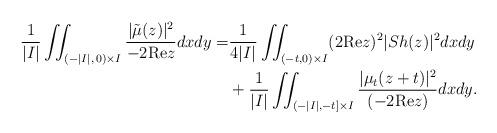
LaTeX: \begin{align*}\frac{1}{|I|}\iint_{(-|I|,\, 0)\times I} \frac{|\tilde\mu(z)|^2}{-2{\rm Re}z} dxdy = & \frac{1}{4|I|}\iint_{(-t,0)\times I} (2{\rm Re}z)^2 |Sh(z)|^2 dxdy\\&+ \frac{1}{|I|}\iint_{(-|I|,-t]\times I} \frac{|\mu_t (z + t)|^2}{(-2{\rm Re}z)} dxdy.\end{align*}